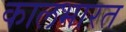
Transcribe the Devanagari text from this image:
कालभारत